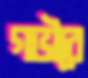
গভীরে